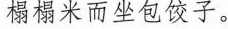
塌榻米而坐包饺子。